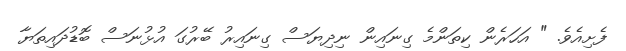
ފެށިއެވެ. " އަހަރެން ކިތަންމެ ގިނައިން ނިދިޔަސް ގިނައިރު ބޭރުގަ އުޅުނަސް ބޮޑުދައިތަޔާ